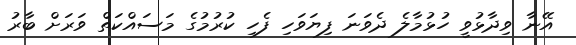
އޭނާ ވިދާޅުވީ ހުޅުމާލެ ދެވަނަ ފިޔަވަހި ފެހި ކުރުމުގެ މަސައްކަތް ވަރަށް ބާރު